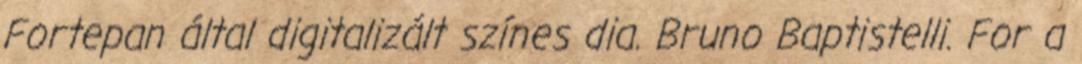
Fortepan által digitalizált színes dia. Bruno Baptistelli. For a